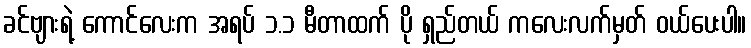
ခင်ဗျားရဲ့ ကောင်လေးက အရပ် ၁.၁ မီတာထက် ပို ရှည်တယ် ကလေးလက်မှတ် ဝယ်ပေးပါ။